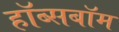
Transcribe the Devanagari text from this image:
हॉब्सबॉम